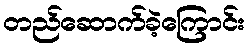
တည်ဆောက်ခဲ့ကြောင်း